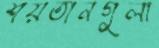
শয়তানগুলা